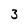
Character: 3